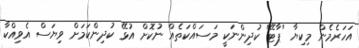
އަހަރެމެން މިކިޔާ 'ޕާޓޭ' ކުދިންނަކީ މަސައްކަތެއް ނުކޮށް އުޅޭ ކުދިންކަމަށް ވިޔަސް އެވިއްކާ